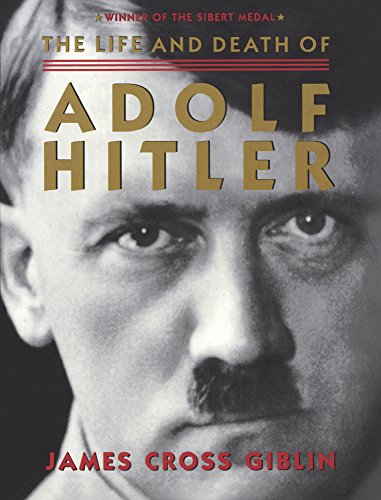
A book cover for The Life And Death Of Adolf Hitler (Turtleback School & Library Binding Edition); James Cross Giblin; Teen & Young Adult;